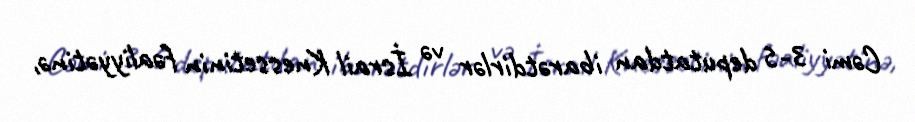
Cəmi 3-5 deputatdan ibarətdirlər və İsrail Knessetinin fəaliyyətinə,